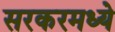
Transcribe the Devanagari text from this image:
सरकरमध्ये